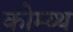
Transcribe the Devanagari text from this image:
कोम्य्थ